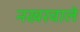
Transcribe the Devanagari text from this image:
नखरवाले